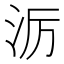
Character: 𪵱